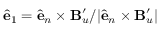
\ensuremath { \hat { \mathbf { e } } } _ { 1 } = \ensuremath { \hat { \mathbf { e } } } _ { n } \times \mathbf { B } _ { u } ^ { \prime } / | \ensuremath { \hat { \mathbf { e } } } _ { n } \times \mathbf { B } _ { u } ^ { \prime } |